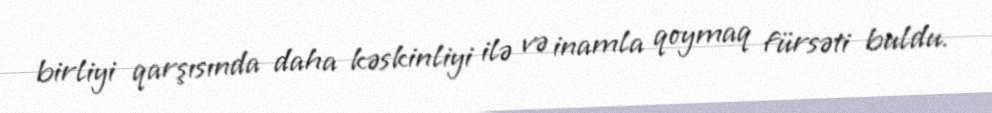
birliyi qarşısında daha kəskinliyi ilə və inamla qoymaq fürsəti buldu.